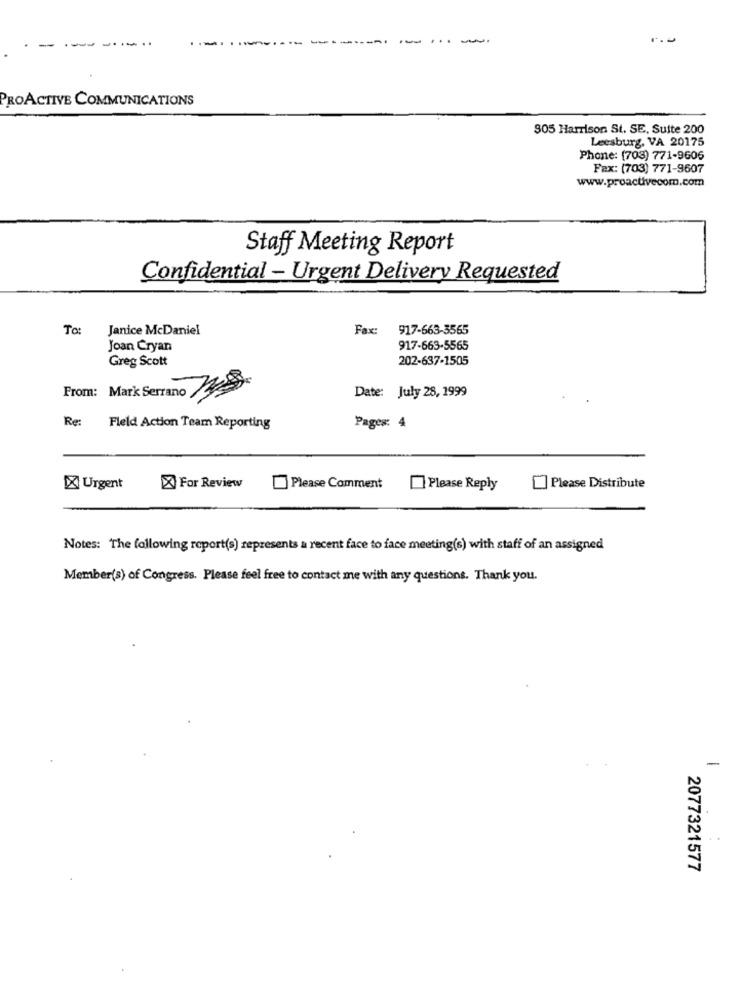
-------
-
-
PROACTIVE COMMUNICATIONS
305 Harrison St. SE, Suite 200
Leesburg, VA 20175
Phone: (703) 771-9606
Fax: (703) 771-9607
www.proactivecom.com
Staff Meeting Report
Confidential - Urgent Delivery Requested
To:
Janice McDaniel
Fax: 917-663-3565
Joan Cryan
917-663-5565
Greg Scott
202-637-1505
From: Mark Serrano
Date: July 28, 1999
Re:
Fleld Action Team Reporting
Pages: 4
X Urgent
X For Review
Please Comment
Please Reply
Please Distribute
Notes: The following report(s) represents a recent face to face meeting(s) with staff of an assigned
Member(s) of Congress. Please feel free to contact me with any questions. Thank you.
-
2077321577